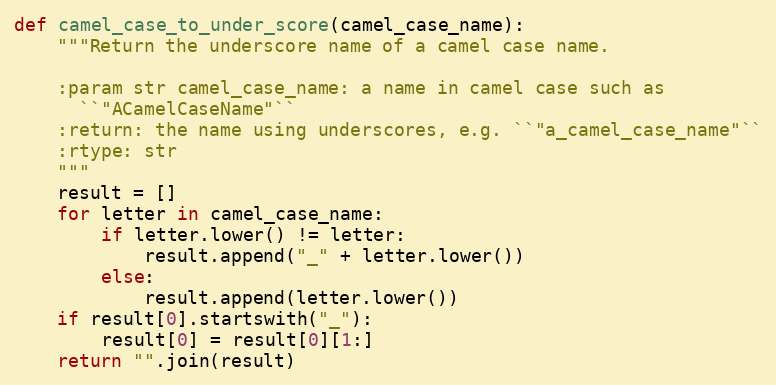
Language: Python
def camel_case_to_under_score(camel_case_name):
    """Return the underscore name of a camel case name.

    :param str camel_case_name: a name in camel case such as
      ``"ACamelCaseName"``
    :return: the name using underscores, e.g. ``"a_camel_case_name"``
    :rtype: str
    """
    result = []
    for letter in camel_case_name:
        if letter.lower() != letter:
            result.append("_" + letter.lower())
        else:
            result.append(letter.lower())
    if result[0].startswith("_"):
        result[0] = result[0][1:]
    return "".join(result)